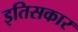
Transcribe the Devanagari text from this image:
इतिसकार